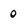
Character: 0